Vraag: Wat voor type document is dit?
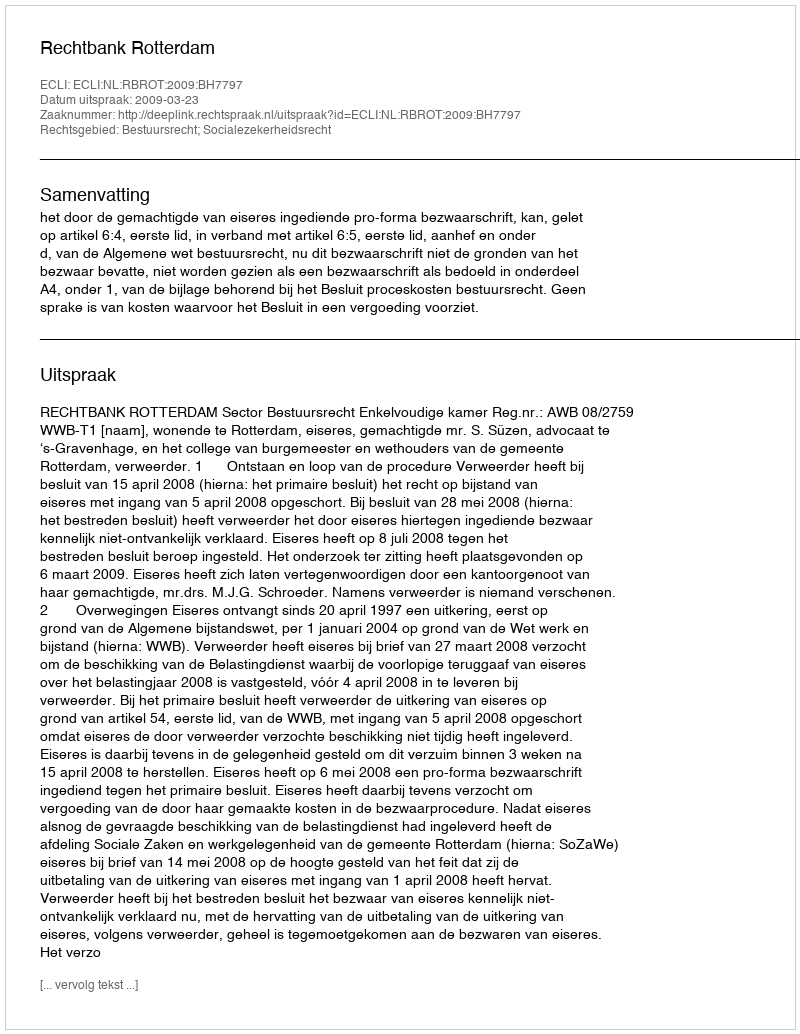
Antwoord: Uitspraak